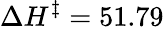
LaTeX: \Delta H^{\ddagger}=51.79